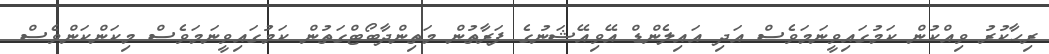
ރިހާކުރު ވިއްކުން ކަމުގައިވީނަމަވެސް އަދި އައިލެންޑް އޭވިއޭޝަނުގެ ފަރާތުން މަތިންދާބޯޓްގަތުން ކަމުގައިވީނަމަވެސް މިކަންކަންވެސް